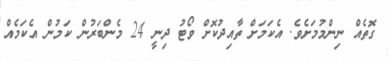
ގޮތެއް ނިންމުމަށެވެ. އެކަމަށް ތާއިދުކޮށް ވޯޓު ދިނީ 24 މެންބަރުން ކަމުން އެކަމެއް